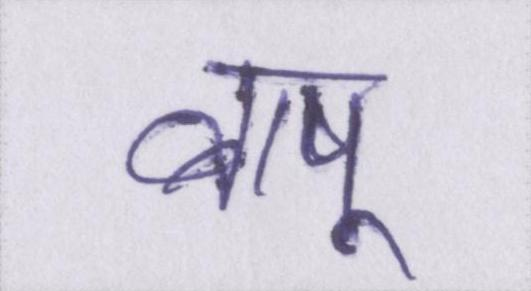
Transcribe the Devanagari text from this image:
बापू